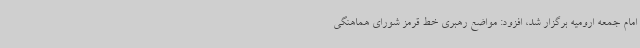
امام جمعه ارومیه برگزار شد، افزود: مواضع رهبری خط قرمز شورای هماهنگی